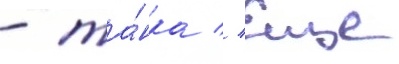
- та́нка // Еще